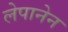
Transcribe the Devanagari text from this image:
लेपानेन